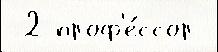
 2 проф'е́ссор